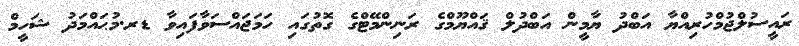
ރައީސުލްޖުމްހުރިއްޔާ އަބްދު ޔާމީން އަބްދުލް ޤައްޔޫމްގެ ރަނިންމޭޓްގެ ގޮތުގައި ހަމަޖައްސަވާފައިވާ ޑރ.މުޙައްމަދު ޝަހީމް